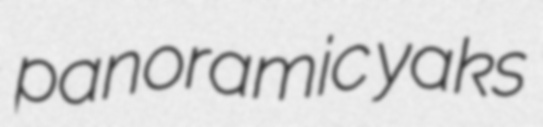
panoramic yaks